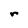
Character: r